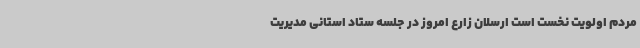
مردم اولویت نخست است ارسلان زارع امروز در جلسه ستاد استانی مدیریت